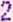
2